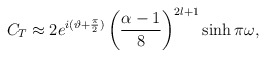
\begin{align*}C_T \approx 2 e^{i (\vartheta + \frac{\pi}{2})} \left( \frac{\alpha-1}{8}\right)^{2l+1} \sinh \pi \omega,\end{align*}